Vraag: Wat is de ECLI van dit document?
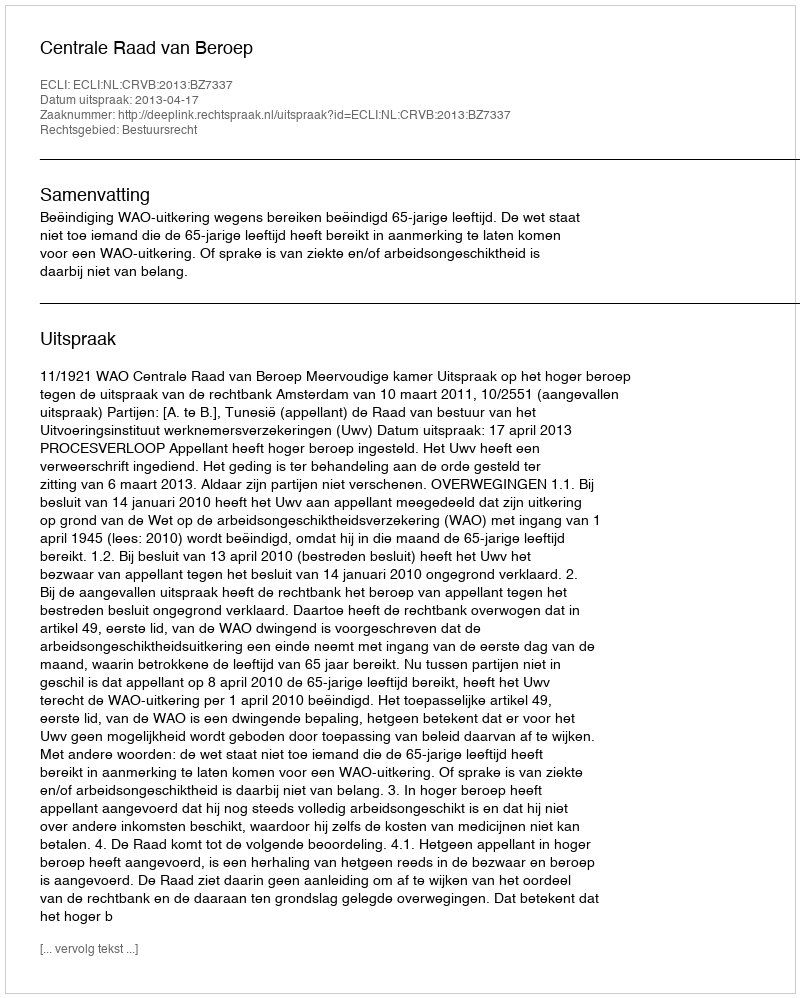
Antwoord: ECLI:NL:CRVB:2013:BZ7337